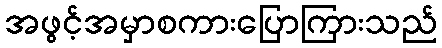
အဖွင့်အမှာစကားပြောကြားသည်